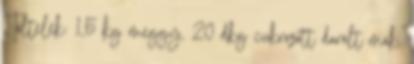
Töltelék: 1,5 kg meggy, 20 dkg cukrozott darált mák,